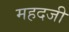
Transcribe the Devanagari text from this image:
महदजी